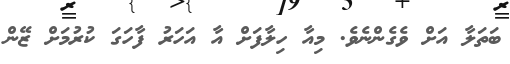
ބަތަލާ އަށް ވެގެންނެވެ. މިއާ ހިލާފަށް އާ އަހަރު ފާހަގަ ކުރުމަށް ޒޭން